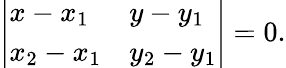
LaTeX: {\left|\begin{array}{ll}{x-x_{1}}&{y-y_{1}}\\ {x_{2}-x_{1}}&{y_{2}-y_{1}}\end{array}\right|}=0.